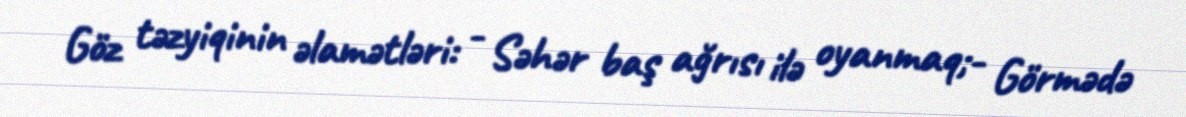
Göz təzyiqinin əlamətləri: - Səhər baş ağrısı ilə oyanmaq;- Görmədə